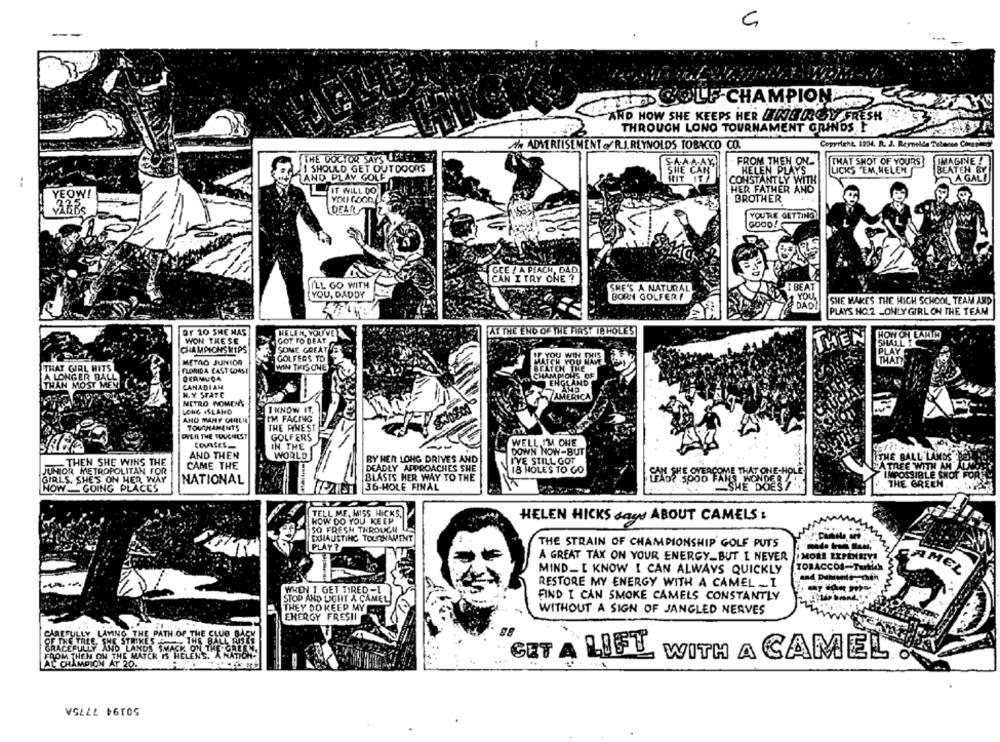
--
mum GOLF CHAMPION
AND HOW SHE KEEPS HER INTROY FRESH
THROUGH LONO TOURNAMENT GRINDS I
AN ADVERTISEMENT ./R.J.REYNOLDS TOBACCO CO.
Copyright 1934. R. J. Reynella Tabacos Cor
THE DOCTOR SAYS ICHS
S.A.AA-AY
FROM THEN ON
THAT SHOT OF YOURS
IMAGINE !
I SHOULD GET OUTDOORS
SHE CA
HELEN PLAYS
LICKS "EM, HELEN
BEATEN BY
LAND PLAY GOLF
CONSTANTLY WITH
A GALI
--
IT WILL DO
HER FATHER AND
YEOW!
YOU GOOD. LIS
BROTHER
216BS
DEAR
YOU'RE GETTING!
GOOD!
CAN I TRY ONE ?
I'LL GO WITH
SHE'S A NATURAL
I BEAT
YOU, DADDY
BORN GOLFER!
YOU
DAD
SHE MAKES THE HICH SCHOOL TEAM AND
PLAYS HO.2 _ONLY GIRL ON THE TEAM
OF 20 SHE HAS
HELEN, YOU'VE
AT THE END OF THE FIRST 18 HOLES
HOW ON EARTH
WON THESE
GOT TO DEAT
THEN
SHALL T
CHAMPICHSIEPS
SOME GREAT
METAO JUNIOR
GOLFERS TO
THAT
THAT GIRL HITS
FLORIDA CAST COAST
WIN THISONE
A LONGER BAL
OCAMUDA
THAN MOST ME
CANADIAN
MLY STATE
NETRO WOMENS
I KNOW IT,
LONG ISLAND
AND MANY CHILLI
I'M FACING
TOURNAMENTS
THE FINEST
OVER THE TOUGHEST
GOLFERS
COURSES_
IN THE
WELL IM ONE
DOWN NOW-BUT
AND THEN
WORLD
BY HER LONG DRIVES AND
I'VE STILL GOT
.THEN SHE WINS THE
CAME THE
DEADLY APPROACHES SHE
JUNIOR METROPOLITAN FOR
18 HOLES TO GO
GIRLS, SHE'S ON HER WAY
NATIONAL
BLASTS HER WAY TO THE
NOW GOING PLACES
36-HOLE FINAL
THE GREEN.
TELL ME, MISS HICKS.
HOW DO YOU KEEP
HELEN HICKS says ABOUT CAMELS :
SO FRESH THROUGH
EXHAUSTING TOURNAMENT
PLAY?
THE STRAIN OF CHAMPIONSHIP GOLF PUTS
A GREAT TAX ON YOUR ENERGY.BUT L NEVER
MORE EXPEN
MIND_I KNOW I CAN ALWAYS QUICKLY
TOBACCOS-T
AMEL
RESTORE MY ENERGY WITH A CAMEL _ I
WHEN I GET TIRED-I
STOP AND LIGHT A CAMEL
FIND I CAN SMOKE CAMELS CONSTANTLY
THEY DO KEEP MY
WITHOUT A SIGN OF JANGLED NERVES
ENERGY FRES!I
GET A LIFT
WITH A CAMEL .
50194 7775A